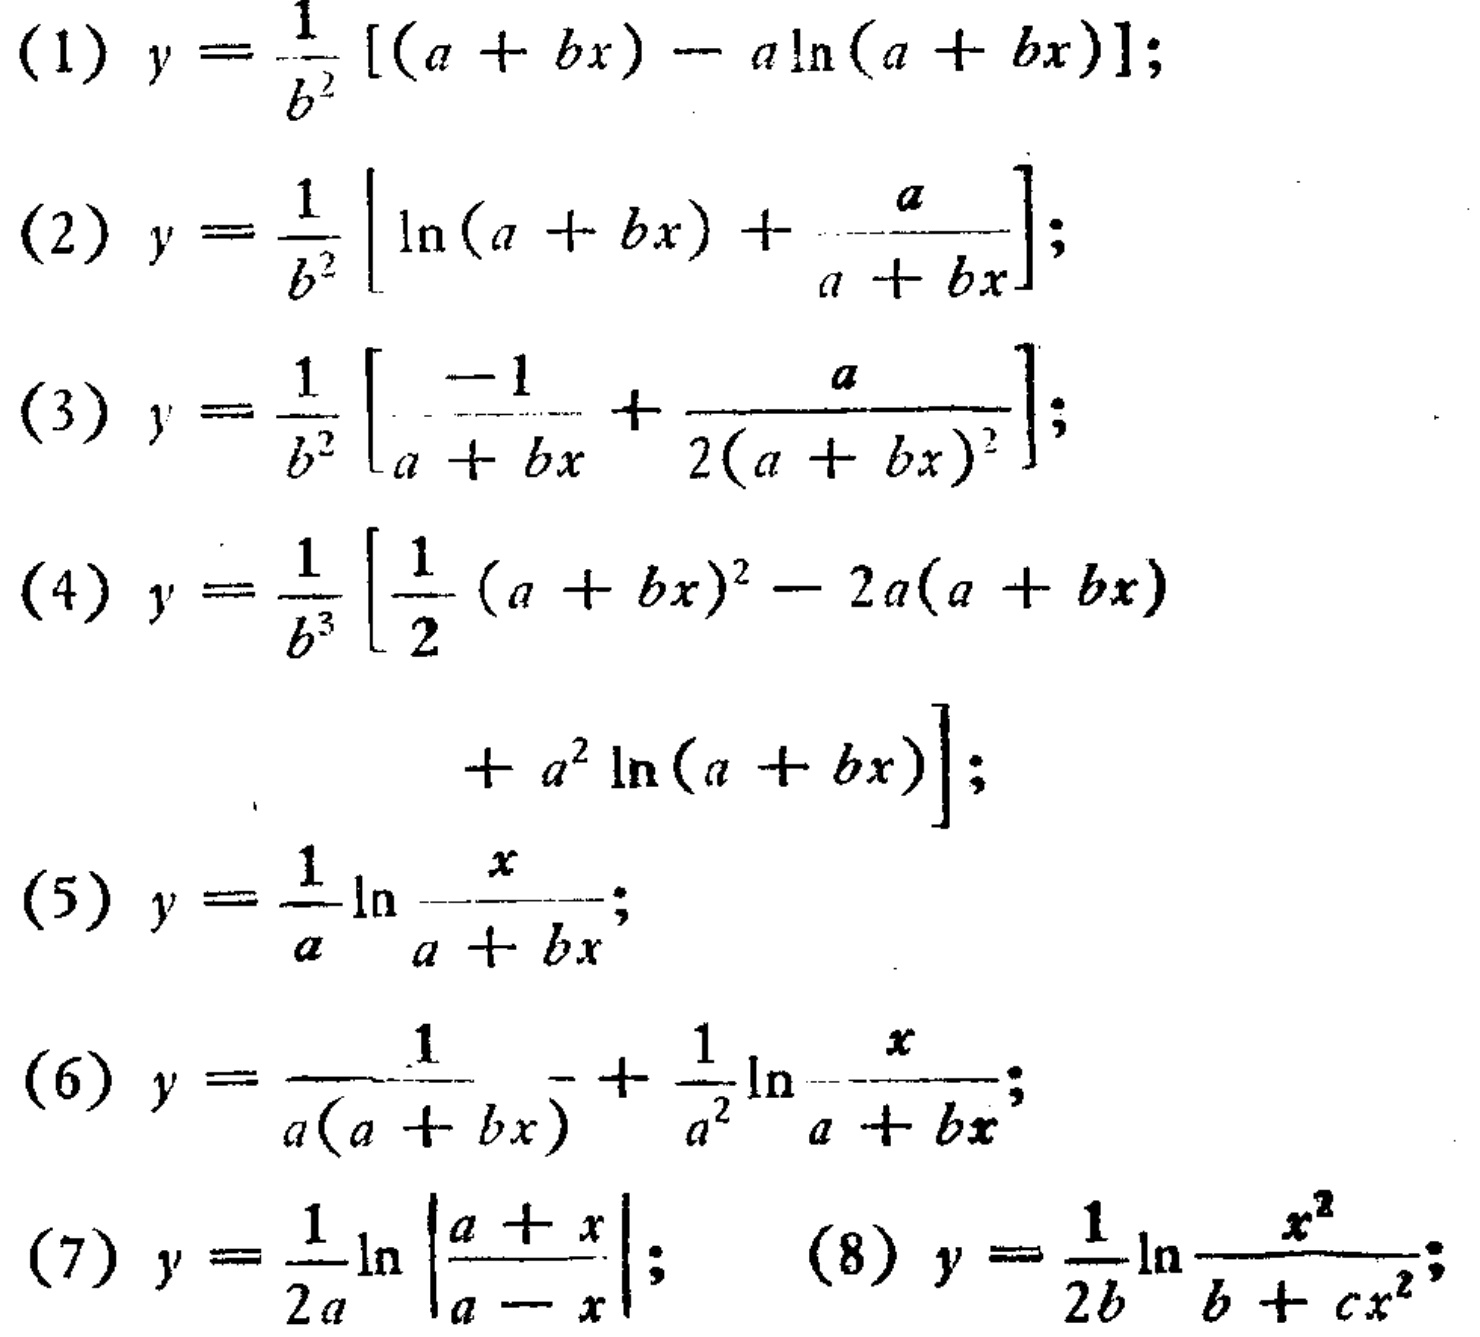
(1) \(y = \frac{1}{b^{2}}[(a + bx)-a\ln(a + bx)]\);
(2) \(y = \frac{1}{b^{2}}\left[\ln(a + bx)+\frac{a}{a + bx}\right]\);
(3) \(y = \frac{1}{b^{2}}\left[\frac{-1}{a + bx}+\frac{a}{2(a + bx)^{2}}\right]\);
(4) \(y = \frac{1}{b^{3}}\left[\frac{1}{2}(a + bx)^{2}-2a(a + bx)+a^{2}\ln(a + bx)\right]\);
(5) \(y = \frac{1}{a}\ln\frac{x}{a + bx}\);
(6) \(y = \frac{1}{a(a + bx)}+\frac{1}{a^{2}}\ln\frac{x}{a + bx}\);
(7) \(y = \frac{1}{2a}\ln\left|\frac{a + x}{a - x}\right|\); (8) \(y = \frac{1}{2b}\ln\frac{x^{2}}{b + cx^{2}}\);